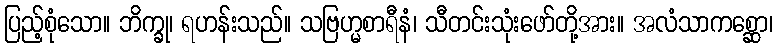
ပြည့်စုံသော။ ဘိက္ခု၊ ရဟန်းသည်။ သဗြဟ္မစာရီနံ၊ သီတင်းသုံးဖော်တို့အား။ အလံသာကစ္ဆော၊